Vital statistics of India. Vol. IV, Annual returns from 1871 to 1876. British Army of India, Native Army and jails of Bengal
Year: 1871
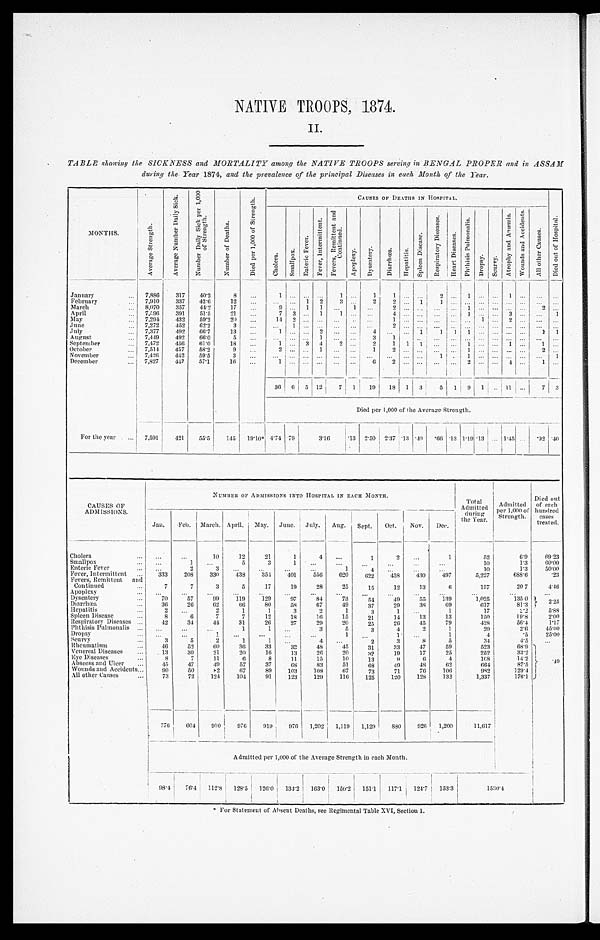
II.
TABLE showing the SICKNESS and MORTALITY among the NATIVE TROOPS serving in BENGAL PROPER and in ASSAM
during the Year 1874, and the prevalence of the principal Diseases in each Month of the Year.
MONTHS.
A v e r a g e S t r e n g t h .
A v e r a g e N u m b e r D a i l y S i c k .
N u m b e r D a i l y S i c k p e r 1 , 0 0 0 o f S t r e n g t h .
N u m b e r o f D e a t h s .
D i e d p e r 1 , 0 0 0 o f S t r e n g t h .
CAUSES OF DEATHS IN HOSPITAL.
D i e d o u t o f H o s p i t a l .
C h o l e r a .
Sma l l pox.
E n t e r i c F e v e r .
F e v e r , I n t e r m i t t e n t .
F e v e r s , R e m i t t e n t a n d C o n t i n u e d .
A p o p l e x y .
D y s e n t e r y .
D i a r r h œ a .
H e p a t i t i s .
S p l e e n D i s e a s e .
R e s p i r a t o r y D i s e a s e s .
H e a r t D i s e a s e s .
P h t h i s i s P u l u m o n a l i s .
D r o p s y . S c u r v y .
A t r o p h y a n d A n æ m i a . W o u n d s a n d A c c i d e n t s .
A l l o t h e r C a u s e s .
January . . .
7,886
317
40.2
8
. . .
1 . . .
. . .
. . .
1
. . .
1
1
. . .
. . .
2
. . .
1
. . .
. . .
1
. . .
. . .
. . .
February . . .
7,910
337
42.6
12
. . .
. . . . . .
1 2
3
. . .
2
2
. . . 1
1
. . .
. . . . . .
. . .
. . .
. . .
. . .
. . .
March . . .
8,070
357
44.2
17
. . .
9 . . . 1 1
. . .
1
. . .
2
. . .
. . .
. . .
. . .
1
. . .
. . .
. . .
. . .
2
. . .
April . . .
7,596
391
51.5
21
. . .
7 3
. . .
1
1
. . .
. . .
4
. . .
. . .
. . .
. . .
1
. . .
. . .
3
. . .
. . .
1
May . . .
7,294
432
59.2
20
. . .
1 4 2
. . .
. . .
. . .
. . .
. . .
1
. . .
. . .
. . .
. . .
. . . 1 . . .
2
. . .
. . .
. . .
June . . .
7,272
452
62.2
3
. . .
. . . 1
. . .
. . .
. . .
. . .
. . .
2
. . .
. . .
. . .
. . .
. . . . . .
. . .
. . .
. . .
. . .
. . .
July . . .
7,377
492
66.7
13
. . .
1 . . .
. . .
2
. . .
. . .
4 . . .
. . . 1
1
1
1
. . . . . .
. . .
. . .
1 1
August . . .
7,449
492
66.0
5
. . .
. . . . . .
. . .
1
. . .
. . .
3
1
. . .
. . .
. . . . . .
. . .
. . .
. . . . . .
. . . . . .
September . . .
7,472
456
61.0
18
. . .
1 . . .
3 4
2
. . .
2
1 1 1
. . . . . . 1
. . . . . . 1
. . .
1
. . .
October . . .
7,514
437
58.2
9
. . .
2 . . .
. . .
1
. . .
. . .
1
2
. . .
. . .
. . .
. . .
1
. . .
. . .
. . . . . .
2
. . .
November . . .
7,426
4 4 2 59.5
3
. . .
. . . . . .
. . . . . . . . .
. . .
. . .
. . .
. . .
. . .
1
. . .
1
. . .
. . .
. . . . . .
. . . 1
December . . .
7,827
4 4 7 57.1
16
. . .
1 . . .
. . .
. . .
. . . . . .
6 2
. . . . . .
. . . . . .
2
. . .
. . .
4
. . .
1
. . .
36 6 5 12
7
1
19
18 1 3
5 1 9 1 . . . 11
. . .
7 3
Died per 1,000 of t he Average Strength.
For the year . . . 7,591 421
55.5
145
1 9 . 1 0 *
4 . 7 4
.79
3.16
.13 2.50 2.37.13
. 4 0
. 66 .13 1.19
. 1 3 . . . 1.45
. . . .92 .40
CAUSES OF
ADMISSIONS.
NUMBER OF ADMISSIONS INTO HOSPITAL IN EACH MONTH.
Admi t t ed
during
the Year.
Admitted
per 1,000 of
Strength.
Died out
of each
hundred
cases
treated.
Jan.
Feb. March. April. May. June. July.
Aug.
S e p t .
Oct.
Nov.
Dec.
C h o l e r a . . .
. . .
. . .
1 0
12
21
1
4
. . .
1
2
. . .
1
52
6.9
69.23
Smallpox . . .
. . .
1
. . .
5
3
1
. . .
. . .
. . .
. . .
. . .
. . .
10
1.3
60.00
Enteric Fever . . .
. . .
2
3
. . .
. . .
. . .
. . .
1
4
. . .
. . .
. . .
10
1.3
50.00
Fever, Intermittent . . .
333
208
330
438
354
401
556
620
622
438
430
497
5,227
688.6
.23
Fevers, Remitteut and
Continued . . .
7
7
3
5
17
19
28
25
15
12
13
6
157
20 7
4.46
Apoplexy . . .
. . .
. . .
. . .
. . .
. . .
. . .
. . .
. . .
. . .
. . .
. . .
. . .
. . .
. . .
. . .
Dysentery . . .
70
57
99
119
129
97
84
73
5 4
49
55
139
1,025
135 0
2.25
Diarrhœa . . .
36
26
62
66
80
58
67
49
37
29
38
69
617
81.3
Hepatitis . . .
2
. . .
2
1
1
3
2
1
3
1
. . .
1
17
2 . 2
5.88
Spleen Disease . . .
8
6
7
7
12
18
16
15
21
14
13
13
150
19.8
2 . 0 0
Respiratory Diseases . . .
42
34
44
31
26
27
29
20
25
26
45
79
428
56.4
1.17
Phthisis Pulmonalis . . .
. . .
. . .
. . .
1
1
. . .
3
5
3
4
2
1
20
2.6
45.00
Dropsy . . .
. . .
. . .
1
. . .
. . .
. . .
. . .
1
. . .
1
. . .
1
4
.5
25.00
S c u r v y . . .
3
5
2
1
1
. . .
4
. . .
2
3
8
5
34
4 . 5
. . .
Rheumatism . . .
46
52
6 0
36
33
33
48
45
31
33
47
59
523
68.9 .49
Venereal Diseases . . .
13
30
21
20
16
13
26
20
32
19
17
25
252
33.2
Eye Diseases . . .
8
7
1 1
6
8
11
15
10
13
9
6
4
108
14.2
Abscess and Ulcer . . .
45
47
49
57
37
68
83
51
68
49
48
6 2
664
87.5
Wounds and Accidents . . .
90
50
82
67
89
103
108
67
73
71
76
106
982
129.4
All other Causes . . .
73
72
124
104
91
123
129
116
125
120
128
132
1,337
176.1
776
604
910
976
919
976
1,202
1,119
1,129
880
926
1,200
11.617
Admitted per 1,000 of the Average Strength in each Month.
98.4
76.4 112.8
128.5
126.0
134.2
163.0 150.2
151.1
117.1
124.7
153.3
1530.4
* F o r S t a t e m e n t o f A b s e n t D e a t h s , s e e R e g i m e n t a l T a b l e X V I , S e c t i o n 1 .